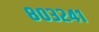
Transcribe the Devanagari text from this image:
८०३२४१